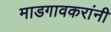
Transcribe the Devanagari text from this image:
माडगावकरांनी